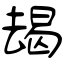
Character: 朅